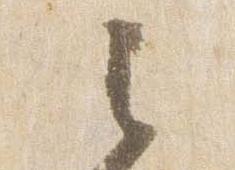
之